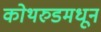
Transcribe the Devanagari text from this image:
कोथरुडमधून